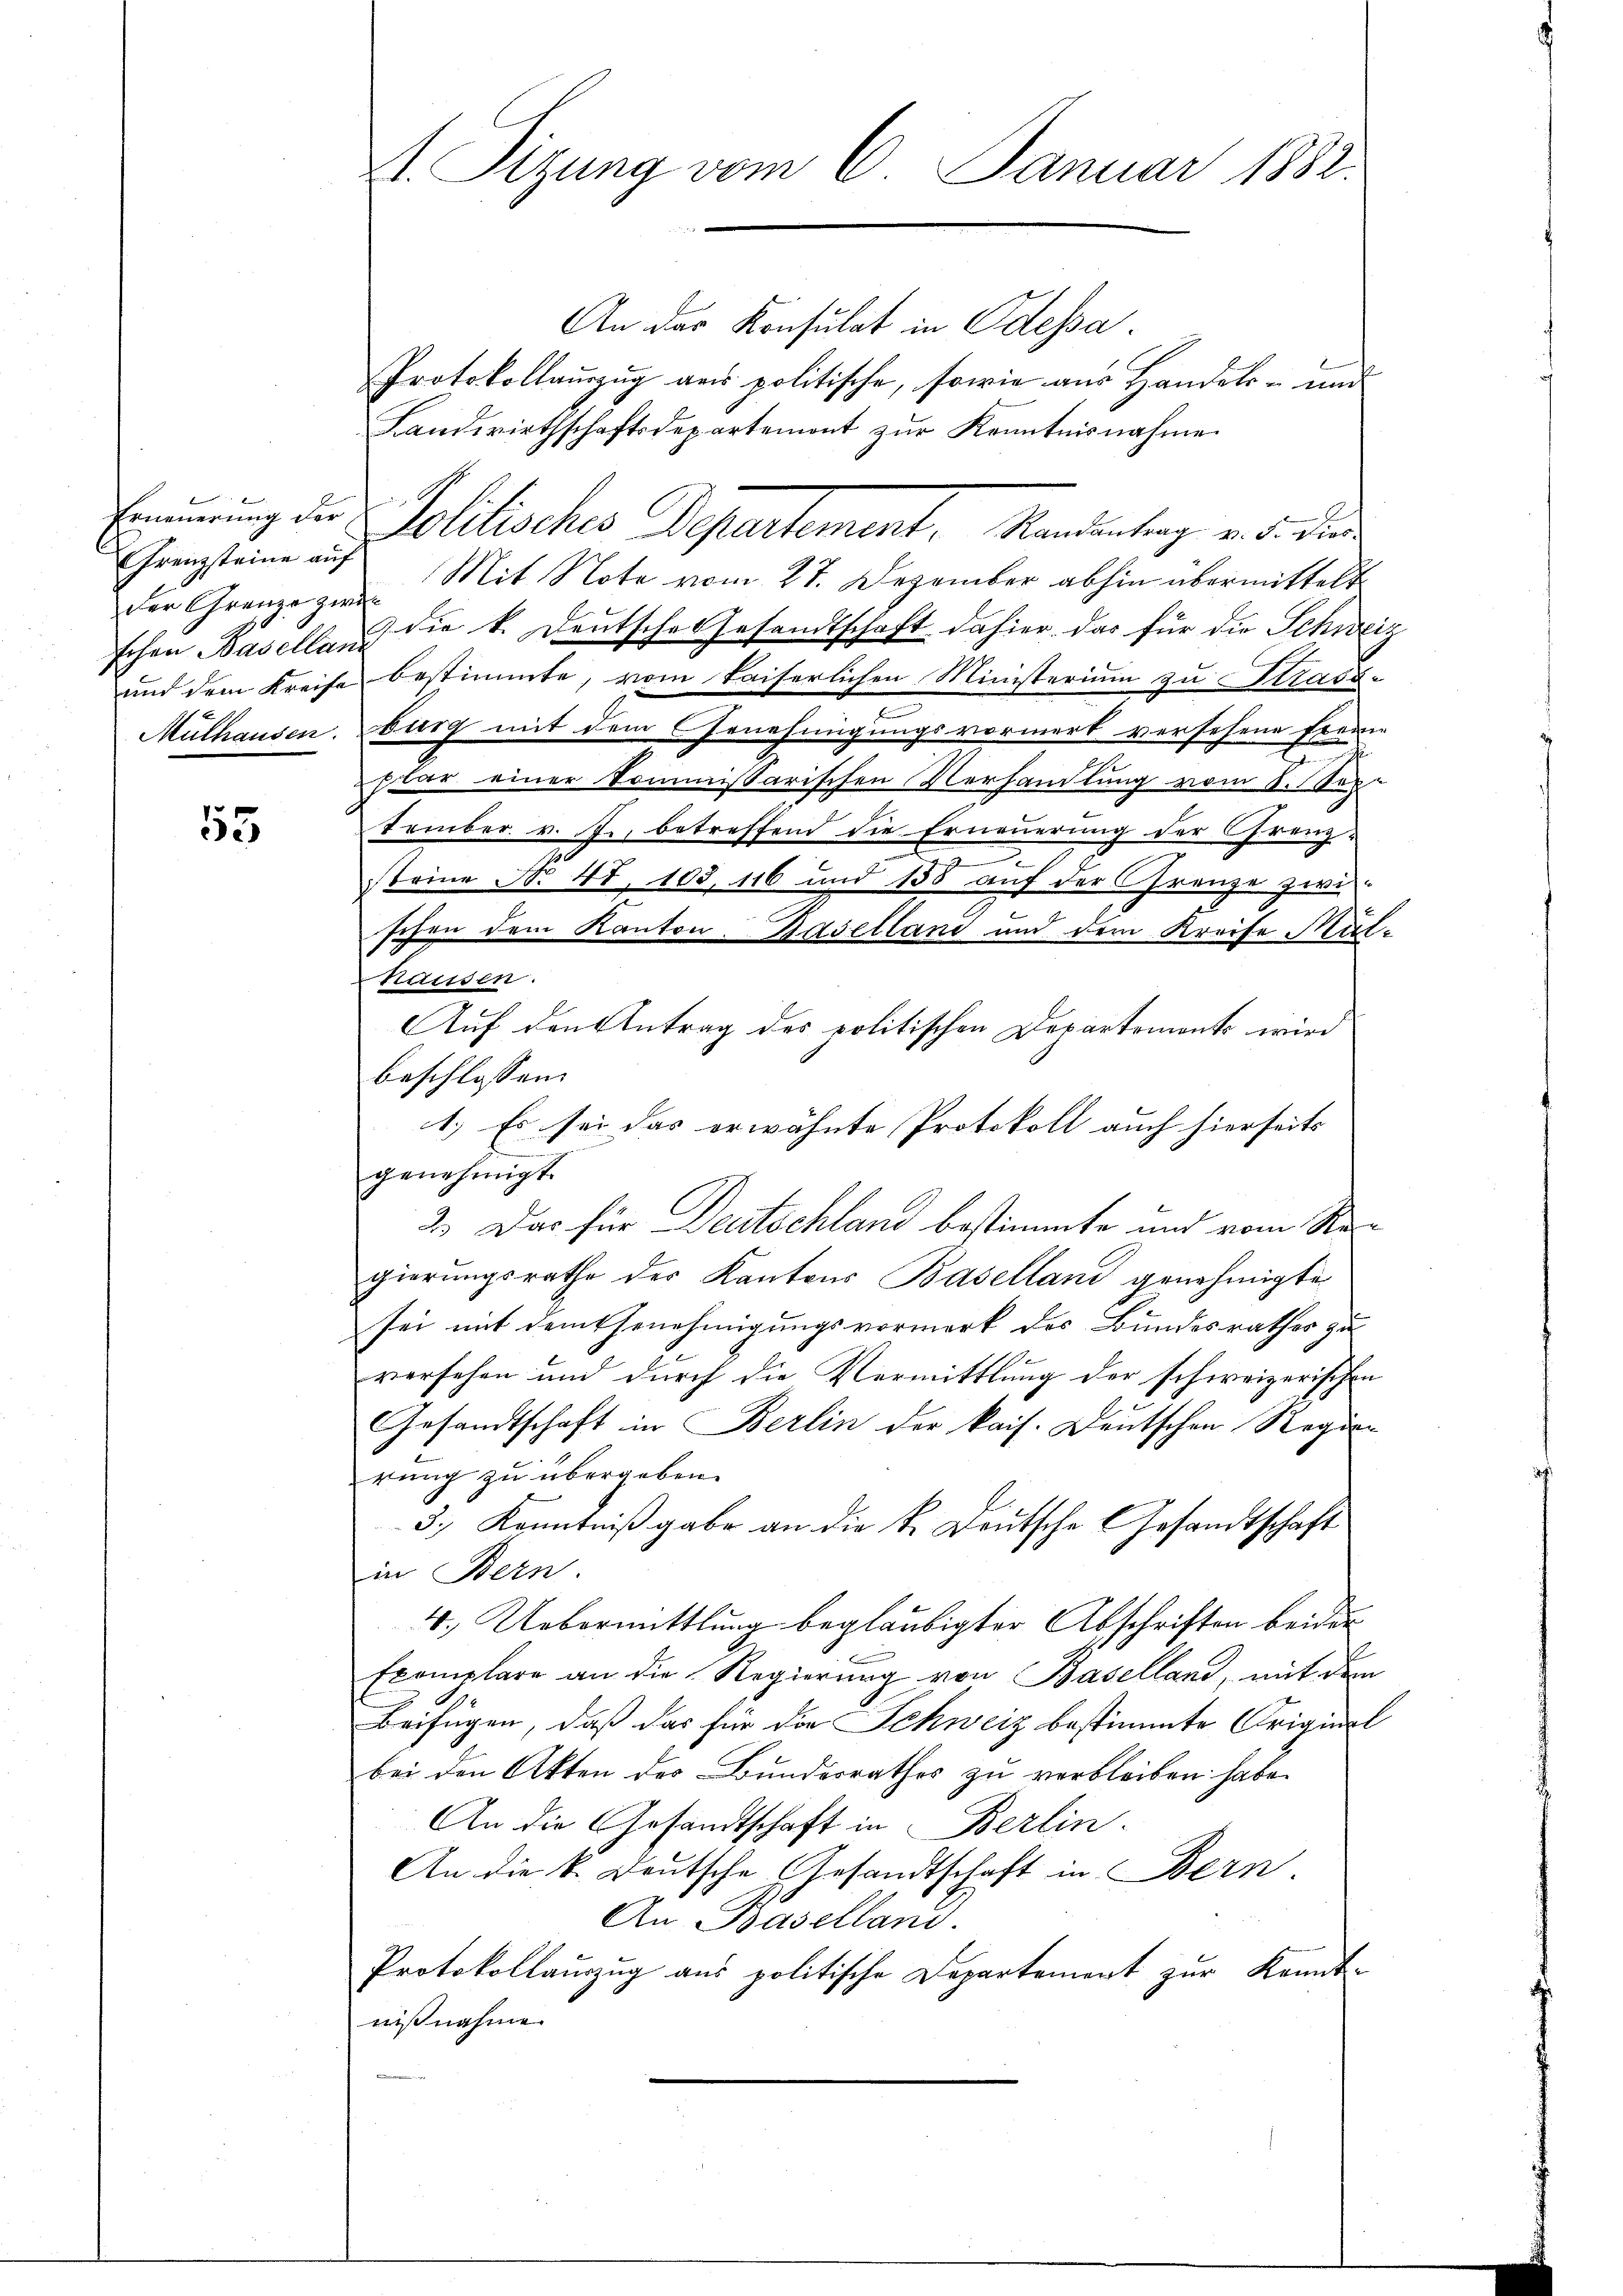
Frenzsteine auf
Der Grenze zwei
schen Baselland

53

A. Sizung vom 6. Januar 1882.

An das Konsulat in Odessa.
Protokollauszug aus politische, sowie aus Handels- und
Landwirthschaftsdepartemont zŭr Kenntnisnahme
Erinnerung der Politisches Departement, Handentrag v. 5. die
Mit Note vom 27. Dezember abhin übermittelt
 die k. Deutsche Gesandtschaft dahier das für die Schweiz
und dem Kreise bestimmte, vom kaiserlichen Ministerium zu Strass-
Mülhausen, burg mit dem Genehmigungsvormerk versehene Freie
hbar einer Commissarischen Verhandlung vom 8. Sep-
tember v. J. betreffend die Erneuerung der Grenz-
g
steine No 47. 103, 116 und 158 auf der Grenze zwi-
e
schen dem Kanton-Baselland und dem Kreise Mülhausen.
Auf den Antrag des politischen Departements wird
beschlossen:
1.) Es sei das erwähnte Protokoll auch hierseits
genehmigt.
2.) Das für Deutschland bestimmte und vom Regierungsrathe des Kantons Baselland genehmigte
sei mit dem Genehmigungsvormerk des Bundesrathes zu
versehen und durch die Vermittlung der schweizerischen
Gesandtschaft in Berlin der kais. Deutschen Regie-
rung zu übergeben.
3.) Kenntniß gabe an die Sr. Deutsche Gesandtschaft
in Bern.
4.) Uebermittlung beglaubigter Abschriften beider
Exemplare an die Regierung von Baselland, mit dem
Beifügen, daß das für die Schweiz bestimmte Originel
bei den Akten des Bundesrathes zu verbleiben habe.
An die Gesandtschaft in Berlin.
An die k. Deutsche Gesandtschaft in Bern.
An Baselland.
Protokollauszug aus politische Departement zur Kennt-
nißnahme.